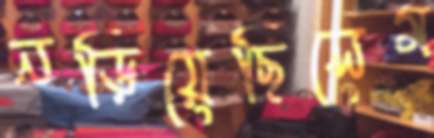
নড়িয়েছিলেম